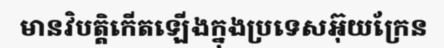
មានវិបត្តិកើតឡើងក្នុងប្រទេសអ៊ុយក្រែន